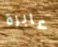
عابرة